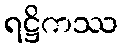
ရဋ္ဌိကဿ